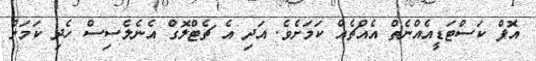
އޮފް ކަސްޓަޑީއެއްނެތް އެއްޗެއް ކަމަށެވެ. އަދި އެ ޗެޓްލޮގް އެނެލެސިސް ހެދި ކަމަށް